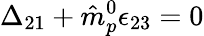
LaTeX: \Delta_{21}+{\hat{m}}_{p}^{0}\epsilon_{23}=0